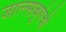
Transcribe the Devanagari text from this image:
जाल्त्सबुर्गची